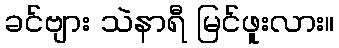
ခင်ဗျား သဲနာရီ မြင်ဖူးလား။